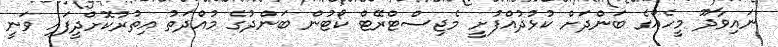
ނައިވާދޫ މީހެއްގެ ބަންދަށް ކުޅުދުއްފުށީ މެޖިސްޓްރޭޓް ކޯޓުން ބަންދުގެ މުއްދަތު އިތުރުކޮށްދީފައި ވަނީ